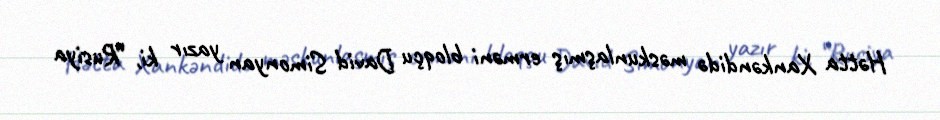
Hətta Xankəndidə məskunlaşmış erməni bloqçu David Simonyan yazır ki, “Rusiya